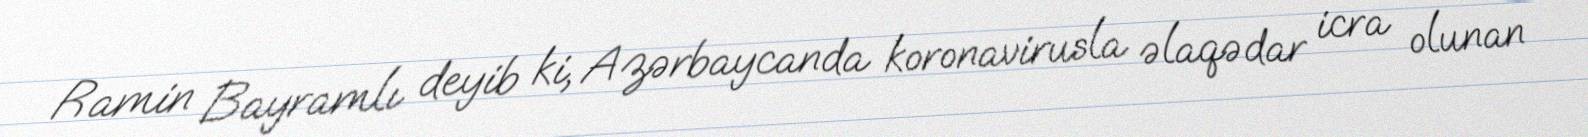
Ramin Bayramlı deyib ki, Azərbaycanda koronavirusla əlaqədar icra olunan